Annual statistical returns and brief notes on vaccination in Bengal - 1896-1909
Year: 1896
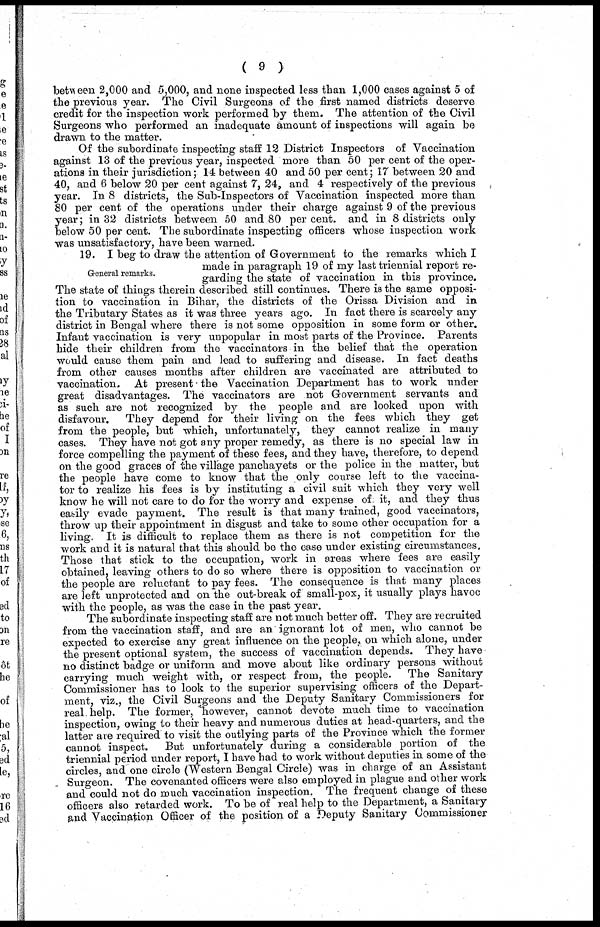
( 9 )
between 2,000 and 5,000, and none inspected less than 1,000 cases against 5 of
the previous year. The Civil Surgeons of the first named districts deserve
credit for the inspection work performed by them. The attention of the Civil
Surgeons who performed an inadequate amount of inspections will again be
drawn to the matter.
Of the subordinate inspecting staff 12 District Inspectors of Vaccination
against 13 of the previous year, inspected more than 50 per cent of the oper-
ations in their jurisdiction; 14 between 40 and 50 per cent; 17 between 20 and
40, and 6 below 20 per cent against 7, 24, and 4 respectively of the previous
year. In 8 districts, the Sub-Inspectors of Vaccination inspected more than
80 per cent of the operations under their charge against 9 of the previous
year; in 32 districts between 50 and 80 per cent. and in 8 districts only
below 50 per cent. The subordinate inspecting officers whose inspection work
was unsatisfactory, have been warned.
General remarks.
19. I beg to draw the attention of Government to the remarks which I
made in paragraph 19 of my last triennial report re-
garding the state of vaccination in this province.
The state of things therein described still continues. There is the same opposi-
tion to vaccination in Bihar, the districts of the Orissa Division and in
the Tributary States as it was three years ago. In fact there is scarcely any
district in Bengal where there is not some opposition in some form or other.
Infant vaccination is very unpopular in most parts of the Province. Parents
hide their children from the vaccinators in the belief that the operation
would cause them pain and lead to suffering and disease. In fact deaths
from other causes months after children are vaccinated are attributed to
vaccination. At present the Vaccination Department has to work under
great disadvantages. The vaccinators are not Government servants and
as such are not recognized by the people and are looked upon with
disfavour. They depend for their living on the fees which they get
from the people, but which, unfortunately, they cannot realize in many
cases. They have not got any proper remedy, as there is no special law in
force compelling the payment of these fees, and they have, therefore, to depend
on the good graces of the village panchayets or the police in the matter, but
the people have come to know that the only course left to the vaccina-
tor to realize his fees is by instituting a civil suit which they very well
know he will not care to do for the worry and expense of. it, and they thus
easily evade payment. The result is that many trained, good vaccinators,
throw up their appointment in disgust and take to some other occupation for a
living. It is difficult to replace them as there is not competition for the
work and it is natural that this should be the case under existing circumstances.
Those that stick to the occupation, work in areas where fees are easily
obtained, leaving others to do so where there is opposition to vaccination or
the people are reluctant to pay fees. The consequence is that many places
are left unprotected and on the out-break of small-pox, it usually plays havoc
with the people, as was the case in the past year.
The subordinate inspecting staff are not much better off. They are recruited
from the vaccination staff, and are an ignorant lot of men, who cannot be
expected to exercise any great influence on the people, on which alone, under
the present optional system, the success of vaccination depends. They have
no distinct badge or uniform and move about like ordinary persons without
carrying much weight with, or respect from, the people. The Sanitary
Commissioner has to look to the superior supervising officers of the Depart-
ment, viz., the Civil Surgeons and the Deputy Sanitary Commissioners for
real help. The former, "however, cannot devote much time to vaccination
inspection, owing to their heavy and numerous duties at head-quarters, and the
latter are required to visit the outlying parts of the Province which the former
cannot inspect. But unfortunately during a considerable portion of the
triennial period under report, I have had to work without deputies in some of the
circles, and one circle (Western Bengal Circle) was in charge of an Assistant
Surgeon. The covenanted officers were also employed in plague and other work
and could not do much vaccination inspection. The frequent change of these
officers also retarded work. To be of real help to the Department, a Sanitary
and Vaccination Officer of the position of a Deputy Sanitary Commissioner